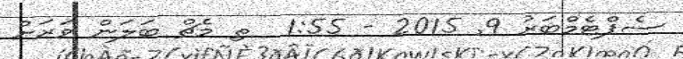
ސެޕްޓެމްބަރު 9